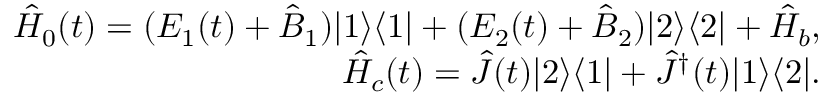
\begin{array} { r l r } & { } & { \hat { H } _ { 0 } ( t ) = ( E _ { 1 } ( t ) + \hat { B } _ { 1 } ) | 1 \rangle \langle 1 | + ( E _ { 2 } ( t ) + \hat { B } _ { 2 } ) | 2 \rangle \langle 2 | + \hat { H } _ { b } , } \\ & { } & { \hat { H } _ { c } ( t ) = \hat { J } ( t ) | 2 \rangle \langle 1 | + \hat { J } ^ { \dagger } ( t ) | 1 \rangle \langle 2 | . } \end{array}